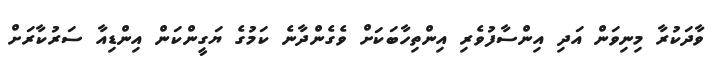
ވާދަކުރާ މިނިވަން އަދި އިންސާފުވެރި އިންތިހާބަކަށް ވެގެންދާނެ ކަމުގެ ޔަގީންކަން އިންޑިއާ ސަރުކާރަށް